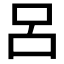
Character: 呂